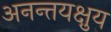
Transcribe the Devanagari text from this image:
अनन्तयक्षुय